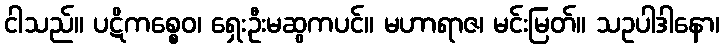
ငါသည်။ ပဋိကစ္စေဝ၊ ရှေးဦးမဆွကပင်။ မဟာရာဇ၊ မင်းမြတ်။ သဥပါဒါနော၊